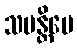
သပန္တိမေ